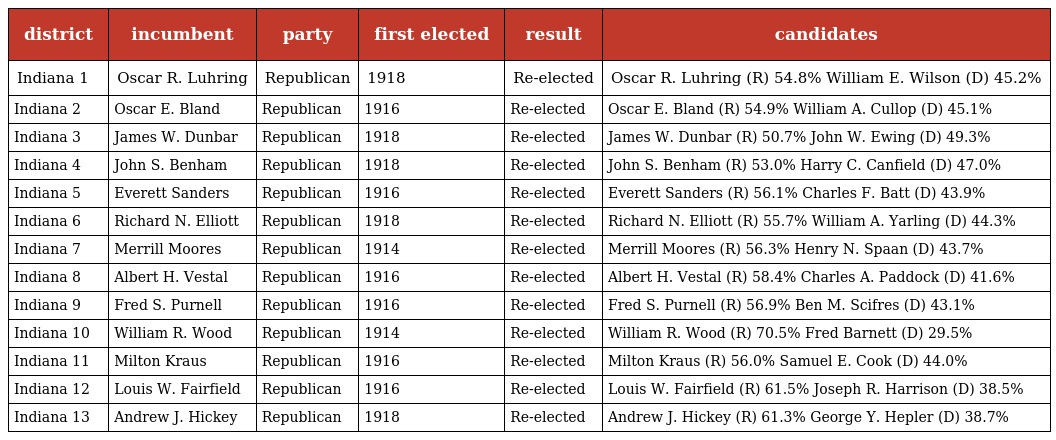
| district | incumbent | party | first elected | result | candidates |
 | --- | --- | --- | --- | --- | --- |
 | Indiana 1 | Oscar R. Luhring | Republican | 1918 | Re-elected | Oscar R. Luhring (R) 54.8% William E. Wilson (D) 45.2% |
 | Indiana 2 | Oscar E. Bland | Republican | 1916 | Re-elected | Oscar E. Bland (R) 54.9% William A. Cullop (D) 45.1% |
 | Indiana 3 | James W. Dunbar | Republican | 1918 | Re-elected | James W. Dunbar (R) 50.7% John W. Ewing (D) 49.3% |
 | Indiana 4 | John S. Benham | Republican | 1918 | Re-elected | John S. Benham (R) 53.0% Harry C. Canfield (D) 47.0% |
 | Indiana 5 | Everett Sanders | Republican | 1916 | Re-elected | Everett Sanders (R) 56.1% Charles F. Batt (D) 43.9% |
 | Indiana 6 | Richard N. Elliott | Republican | 1918 | Re-elected | Richard N. Elliott (R) 55.7% William A. Yarling (D) 44.3% |
 | Indiana 7 | Merrill Moores | Republican | 1914 | Re-elected | Merrill Moores (R) 56.3% Henry N. Spaan (D) 43.7% |
 | Indiana 8 | Albert H. Vestal | Republican | 1916 | Re-elected | Albert H. Vestal (R) 58.4% Charles A. Paddock (D) 41.6% |
 | Indiana 9 | Fred S. Purnell | Republican | 1916 | Re-elected | Fred S. Purnell (R) 56.9% Ben M. Scifres (D) 43.1% |
 | Indiana 10 | William R. Wood | Republican | 1914 | Re-elected | William R. Wood (R) 70.5% Fred Barnett (D) 29.5% |
 | Indiana 11 | Milton Kraus | Republican | 1916 | Re-elected | Milton Kraus (R) 56.0% Samuel E. Cook (D) 44.0% |
 | Indiana 12 | Louis W. Fairfield | Republican | 1916 | Re-elected | Louis W. Fairfield (R) 61.5% Joseph R. Harrison (D) 38.5% |
 | Indiana 13 | Andrew J. Hickey | Republican | 1918 | Re-elected | Andrew J. Hickey (R) 61.3% George Y. Hepler (D) 38.7% |